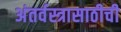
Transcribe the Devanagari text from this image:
अंतर्वस्त्रासाठीची